Report on the cholera epidemic of
Year: 1868
Disease focus: Cholera
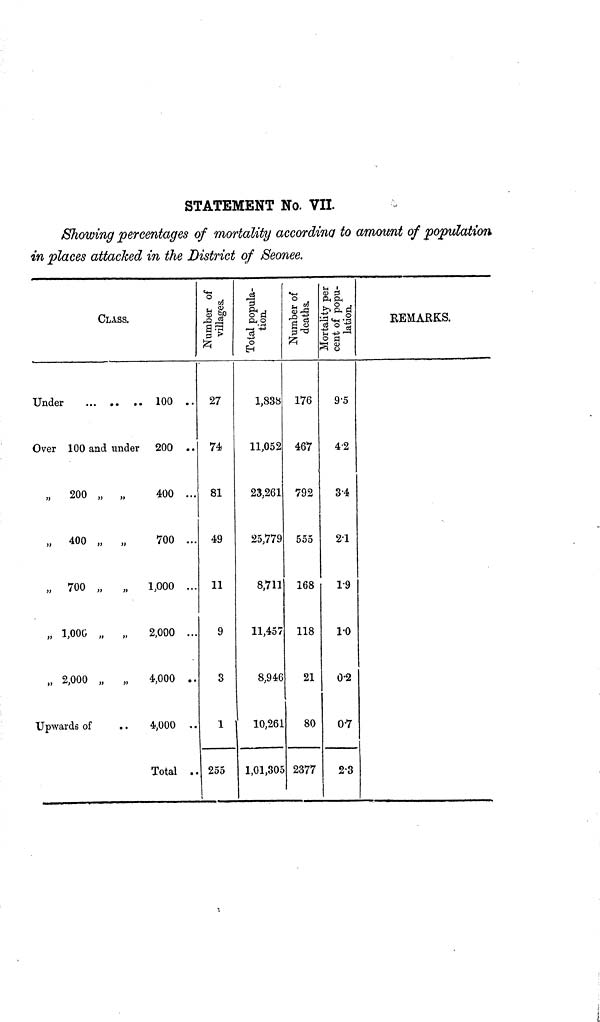
STATEMENT No. VIL
Showing percentages of mortality according to amount of population
in places attacked in the District of Seonee.
CLASS.
Under
Over 100 and under
,, 200
400
700
1,00C
,, 2,000
Upwards of
»
»
M
M
»
• •
100
200
400
700
1,000
2,000
4,000
4,000
Total
• •
• •
...
• • •
...
...
• •
• •
Number of 1
villages. 1
27
74
81
49
11
9
3
1
255
Total popula-
tion.
1,838
11,052
23,261
25,779
8,711
11,457
8,946
10,261
1,01,305
Number of
deaths.
]
176
467
792
555
168
118
21
80
2377
Mortality per ]
cent of popu-
lation.
]
9•5
4'2
3•4
21
1•9
10
0•2
07
23
REMARKS.